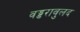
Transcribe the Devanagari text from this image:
वड्डरावुलद